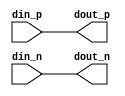
// This program was cloned from: https://github.com/chipsalliance/aib-phy-hardware
// License: Apache License 2.0

// SPDX-License-Identifier: Apache-2.0
// Copyright (C) 2019 Intel Corporation. 
//------------------------------------------------------------------------
//
// Revision:    $Revision: #1 $
//------------------------------------------------------------------------
// Description: smaller size dq/dqs driver
//
//------------------------------------------------------------------------

module io_dq_clkdrv (
input          din_p,           	// 
input          din_n,           	//
output         dout_p,                  //
output         dout_n                  //
);

`ifdef TIMESCALE_EN
                timeunit 1ps;
                timeprecision 1ps;
`endif

parameter  INV_DELAY      = 15;  // 15ps

assign #(4 * INV_DELAY) dout_p = din_p;
assign #(4 * INV_DELAY) dout_n = din_n;

endmodule